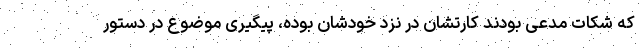
که شکات مدعی بودند کارتشان در نزد خودشان بوده، پیگیری موضوع در دستور